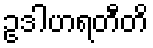
ဥဒါဟရတီတိ